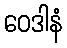
ဝေဒါနံ